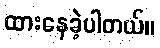
ထားနေခဲ့ပါတယ်။